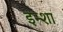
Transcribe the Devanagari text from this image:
इन्शा